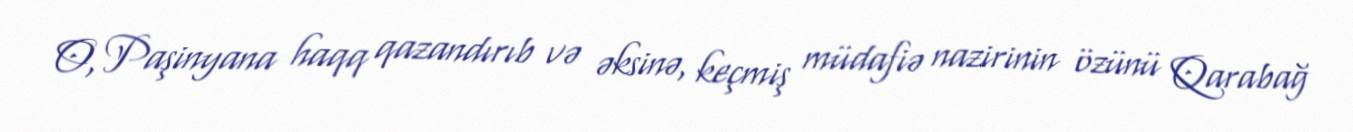
O, Paşinyana haqq qazandırıb və əksinə, keçmiş müdafiə nazirinin özünü Qarabağ